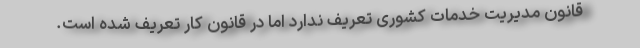
قانون مدیریت خدمات کشوری تعریف ندارد اما در قانون کار تعریف شده است.